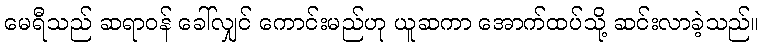
မေရီသည် ဆရာဝန် ခေါ်လျှင် ကောင်းမည်ဟု ယူဆကာ အောက်ထပ်သို့ ဆင်းလာခဲ့သည်။